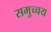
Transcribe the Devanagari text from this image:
समुच्‍चय